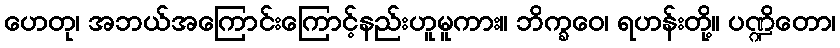
ဟေတု၊ အဘယ်အကြောင်းကြောင့်နည်းဟူမူကား။ ဘိက္ခဝေ၊ ရဟန်းတို့။ ပဏ္ဍိတော၊